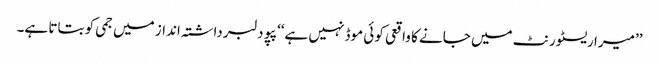
’’میرا ریسٹورنٹ میں جانے کا واقعی کوئی موڈ نہیں ہے‘‘ پپو دلبرداشتہ انداز میں جمی کو بتاتا ہے۔